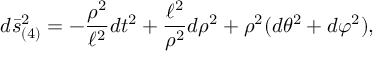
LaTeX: d \bar { s } _ { ( 4 ) } ^ { 2 } = - { \frac { \rho ^ { 2 } } { \ell ^ { 2 } } } d t ^ { 2 } + { \frac { \ell ^ { 2 } } { \rho ^ { 2 } } } d \rho ^ { 2 } + \rho ^ { 2 } ( d \theta ^ { 2 } + d \varphi ^ { 2 } ) ,